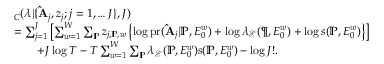
\begin{array} { r l } & { \L _ { C } ( \boldsymbol { \lambda } | \{ \mathbf { \hat { A } } _ { j } , \boldsymbol { z } _ { j } ; j = 1 , \ldots J \} , J ) } \\ & { = \sum _ { j = 1 } ^ { J } \left[ \sum _ { w = 1 } ^ { W } \sum _ { \mathbb { P } } z _ { j , \mathbb { P } , w } \left\{ \log \mathrm { p r } ( \mathbf { \hat { A } } _ { j } | \mathbb { P } , E _ { 0 } ^ { w } ) + \log \lambda _ { \mathcal { E } } ( { \P } , E _ { 0 } ^ { w } ) + \log s ( \mathbb { P } , E _ { 0 } ^ { w } ) \right\} \right] } \\ & { \quad \quad + J \log T - T \sum _ { w = 1 } ^ { W } \sum _ { \mathbb { P } } \lambda _ { \mathcal { E } } ( { \mathbb { P } } , E _ { 0 } ^ { w } ) s ( \mathbb { P } , E _ { 0 } ^ { w } ) - \log J ! . } \end{array}